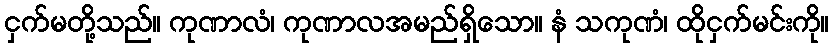
ငှက်မတို့သည်။ ကုဏာလံ၊ ကုဏာလအမည်ရှိသော။ နံ သကုဏံ၊ ထိုငှက်မင်းကို။